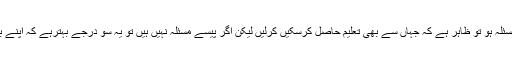
اگر پڑھائی افورڈ کرنے کا مسئلہ ہو تو ظاہر ہے کہ جہاں سے بھی تعلیم حاصل کرسکیں کرلیں لیکن اگر پیسے مسئلہ نہیں ہیں تو یہ سو درجے بہترہے کہ اپنے بچوں کو امریکہ میں پڑھائیں۔